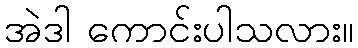
အဲဒါ ကောင်းပါသလား။